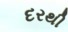
દરથી